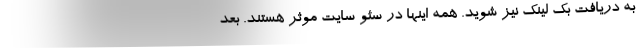
به دریافت بک لینک نیز شوید. همه اینها در سئو سایت موثر هستند. بعد